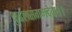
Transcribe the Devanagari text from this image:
कुडलसंगमदेवा।।